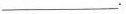
___.